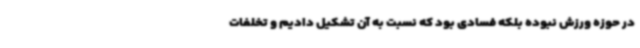
در حوزه ورزش نبوده بلکه فسادی بود که نسبت به آن تشکیل دادیم و تخلفات